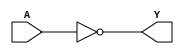
// 2022-7-20 Shin
// inverter design
`timescale 1ns/10ps //1ns10ps

module inv(A, Y);

    // define port properties
    input A;
    output Y;

    // define input & output relationships
    assign Y=~A;

endmodule

// testbench of inv
module inv_tb;

    reg aa;
    wire yy;

    inv inv(.A(aa), .Y(yy));

    // initial statement can define the value of a variable by time
    initial begin
        aa<=0;
        #10 aa<=1; // #10 time unit
        #10 aa<=0;
        #10 aa<=1;
        #10 $stop;
    end

endmodule